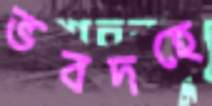
ভবদহে